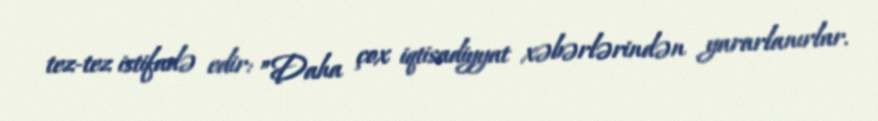
tez-tez istifadə edir: ”Daha çox iqtisadiyyat xəbərlərindən yararlanırlar.